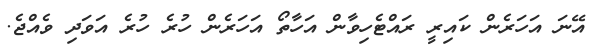
އޭނަ އަހަރެން ކައިރީ ރައްޓެހިވާން އަހާތޯ އަހަރެން ހުރެ ހުރެ އަވަދި ވެއްޖެ.